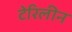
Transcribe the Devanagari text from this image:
टेरिलीन